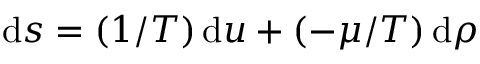
\mathrm { d } s = ( 1 / T ) \, \mathrm { d } u + ( - \mu / T ) \, \mathrm { d } \rho